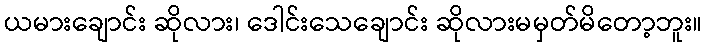
ယမားချောင်း ဆိုလား၊ ဒေါင်းသေချောင်း ဆိုလားမမှတ်မိတော့ဘူး။